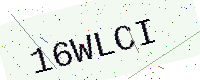
Text: 16WLCI